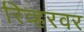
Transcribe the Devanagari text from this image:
रिव्हरवर